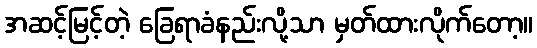
အဆင့်မြင့်တဲ့ ခြေရာခံနည်းလို့သာ မှတ်ထားလိုက်တော့။